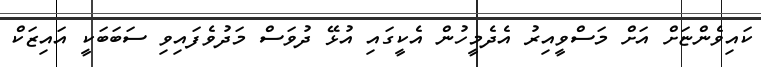
ކައިވެންޏަށް އަށް މަސްވީއިރު އެދެމީހުން އެކީގައި އުޅޭ ދުވަސް މަދުވެފައިވި ސަބަބަކީ އައިޒަކް